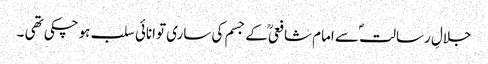
جلالِ رسالتؐ سے امام شافعیؒ کے جسم کی ساری توانائی سلب ہوچکی تھی ۔